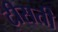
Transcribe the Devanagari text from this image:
टीसती